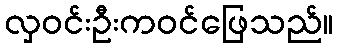
လှဝင်းဦးကဝင်ဖြေသည်။